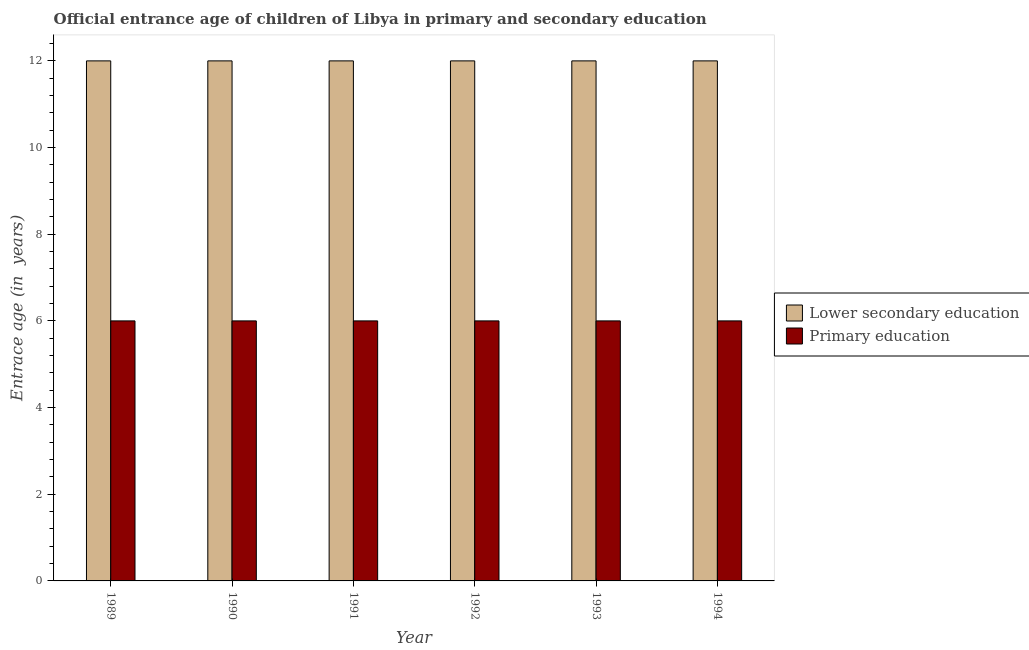
| Year | Lower secondary education | Primary education |
 | --- | --- | --- |
 | 1989 | 12 | 6 |
 | 1990 | 12 | 6 |
 | 1991 | 12 | 6 |
 | 1992 | 12 | 6 |
 | 1993 | 12 | 6 |
 | 1994 | 12 | 6 |